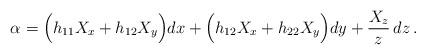
LaTeX: \begin{align*}\alpha=\Big(h_{11}X_x+h_{12}X_y\Big)dx+\Big(h_{12}X_x+h_{22}X_y\Big)dy+\frac{X_z}{z}\,dz\,.\end{align*}